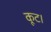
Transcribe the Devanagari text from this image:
कूट।